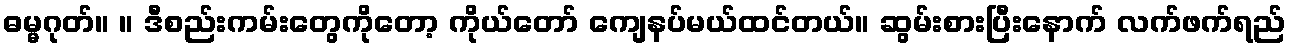
ဓမ္မဂုတ်။ ။ ဒီစည်းကမ်းတွေကိုတော့ ကိုယ်တော် ကျေနပ်မယ်ထင်တယ်။ ဆွမ်းစားပြီးနောက် လက်ဖက်ရည်